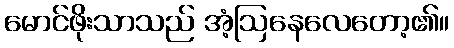
မောင်ဖိုးသာသည် အံ့ဩနေလေတော့၏။